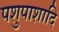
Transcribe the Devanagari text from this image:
पशुपाशादि